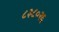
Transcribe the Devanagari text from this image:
८३८०२६